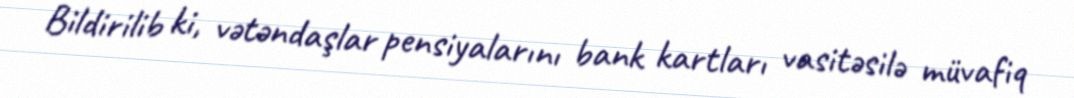
Bildirilib ki, vətəndaşlar pensiyalarını bank kartları vasitəsilə müvafiq